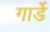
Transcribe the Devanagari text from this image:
गार्डे